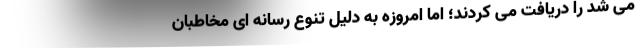
می شد را دریافت می کردند؛ اما امروزه به دلیل تنوع رسانه ای مخاطبان